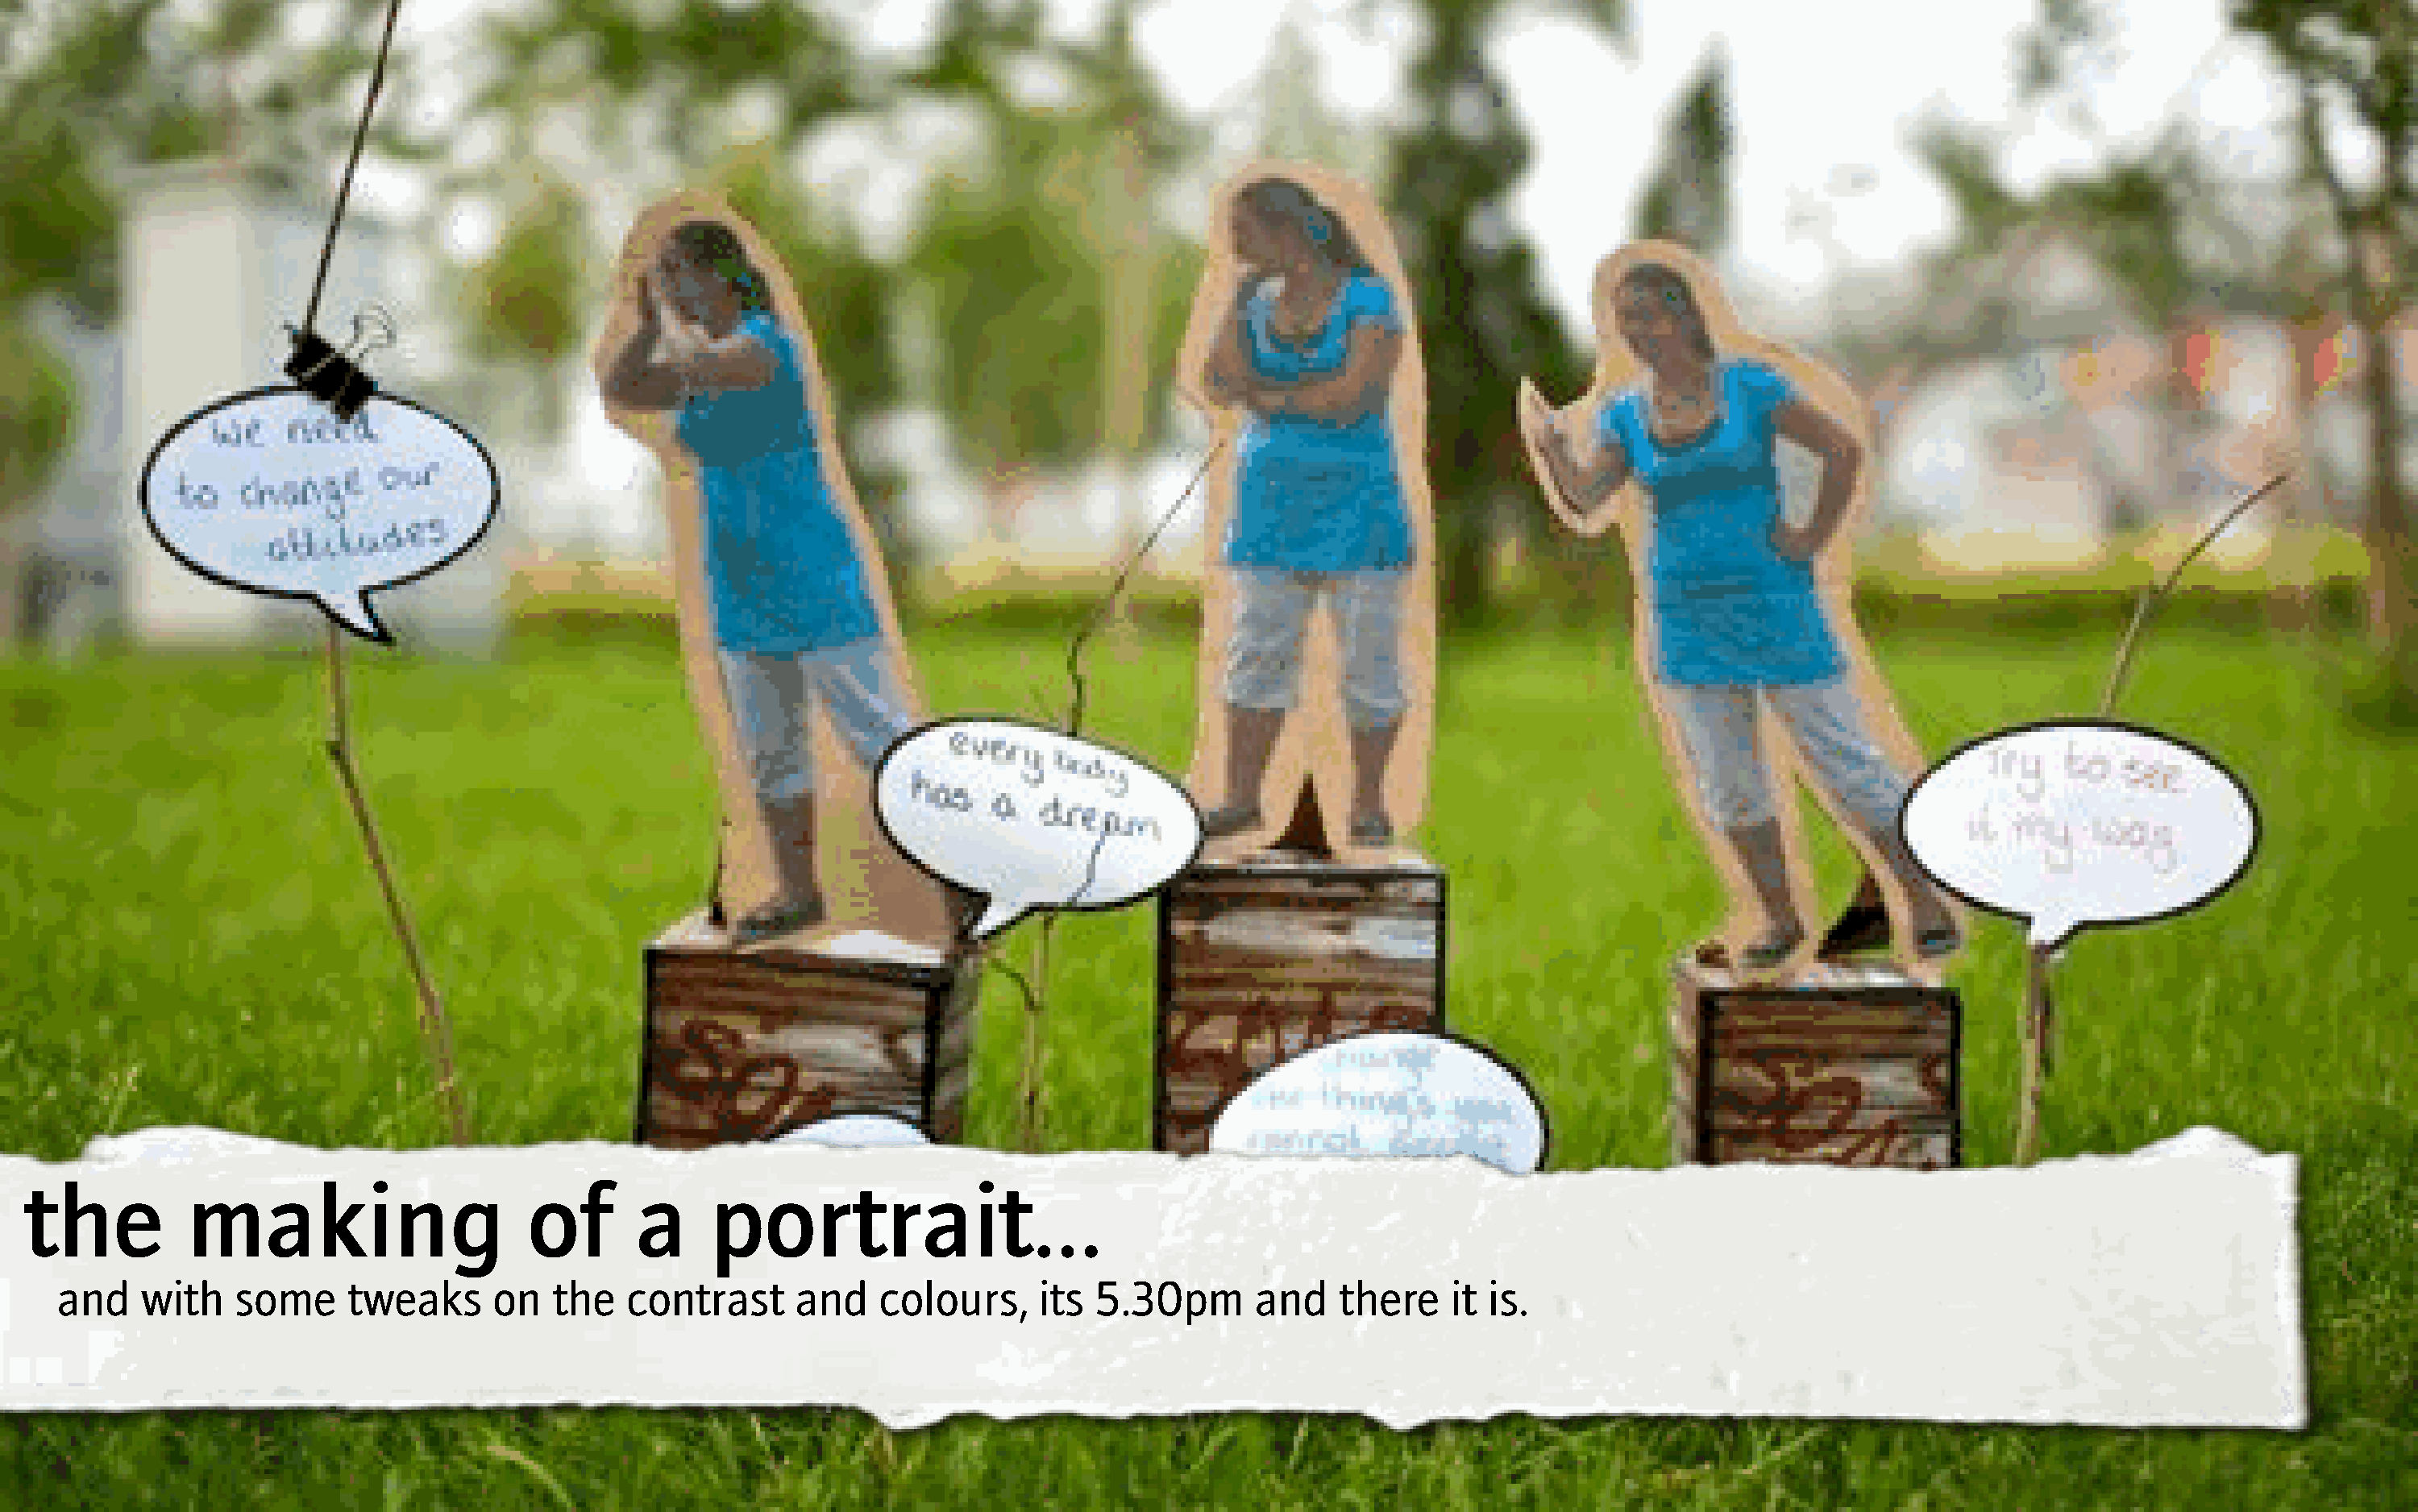
the          making                      of       a     portrait...
 and    with   some      tweaks     on   the   contrast      and    colours,     its  5.30pm       and    there    it is.